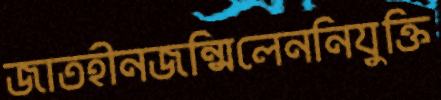
জাতহীনজন্মিলেননিযুক্তি